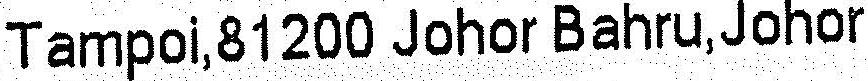
TAMPOI,81200 JOHOR BAHRU,JOHOR